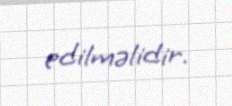
edilməlidir.